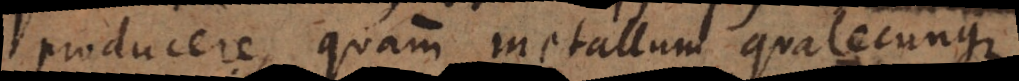
producere, quam metallum qualecunque.